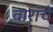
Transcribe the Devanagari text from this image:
वारांचे